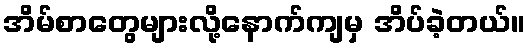
အိမ်စာတွေများလို့နောက်ကျမှ အိပ်ခဲ့တယ်။